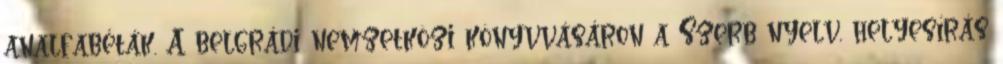
analfabéták. A belgrádi nemzetközi könyvvásáron a Szerb nyelv, helyesírás